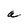
Character: a